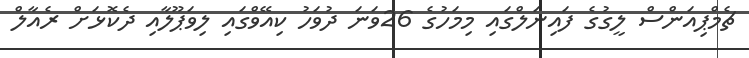
ޗެމްޕިއަންސް ލީގުގެ ފައިނަލްގައި މިމަހުގެ 26ވަނަ ދުވަހު ކިއޭވްގައި ލިވަޕޫލާއި ދެކޮޅަށް ރެއާލް